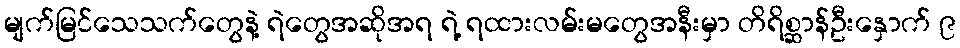
မျက်မြင်သေသက်တွေနဲ့ ရဲတွေအဆိုအရ ရဲ့ ရထားလမ်းမတွေအနီးမှာ တိရိစ္ဆာန်ဦးနှောက် ၉